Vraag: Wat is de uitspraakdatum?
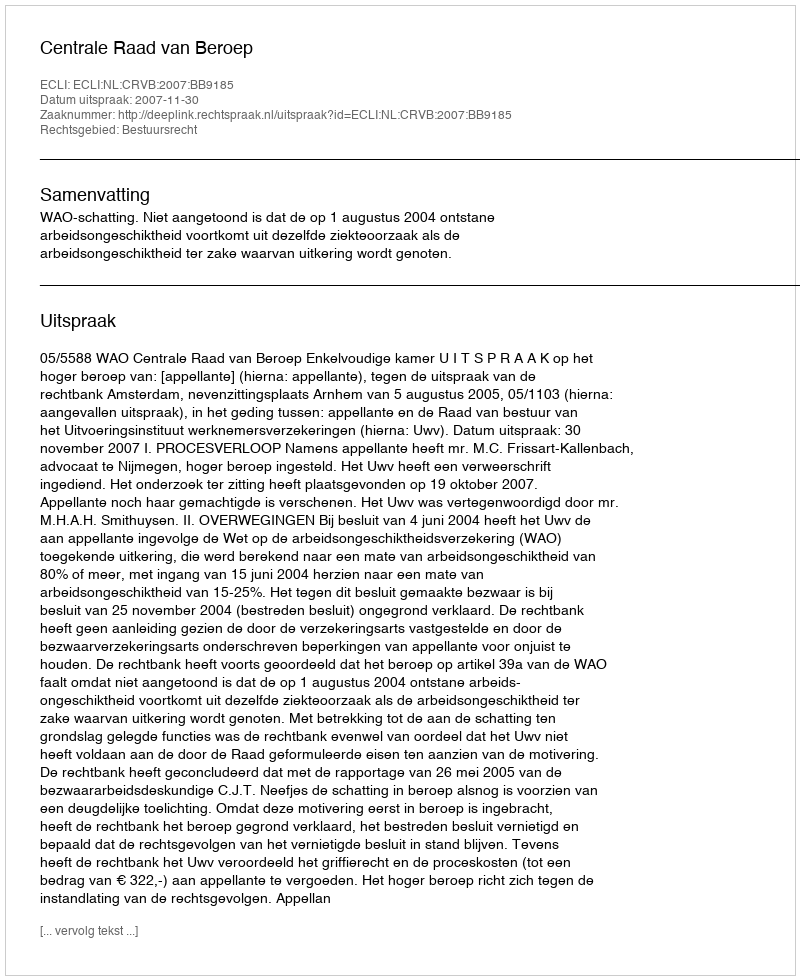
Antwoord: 2007-11-30